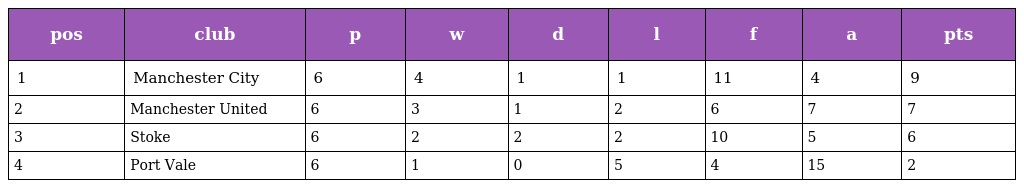
| pos | club | p | w | d | l | f | a | pts |
 | --- | --- | --- | --- | --- | --- | --- | --- | --- |
 | 1 | Manchester City | 6 | 4 | 1 | 1 | 11 | 4 | 9 |
 | 2 | Manchester United | 6 | 3 | 1 | 2 | 6 | 7 | 7 |
 | 3 | Stoke | 6 | 2 | 2 | 2 | 10 | 5 | 6 |
 | 4 | Port Vale | 6 | 1 | 0 | 5 | 4 | 15 | 2 |